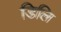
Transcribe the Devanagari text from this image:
डिलि